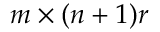
m \times ( n + 1 ) r